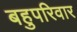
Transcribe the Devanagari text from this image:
बहुपरिवार